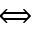
\Longleftrightarrow